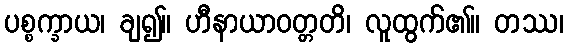
ပစ္စက္ခာယ၊ ချ၍။ ဟီနာယာဝတ္တတိ၊ လူထွက်၏။ တဿ၊